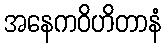
အနေကဝိဟိတာနံ